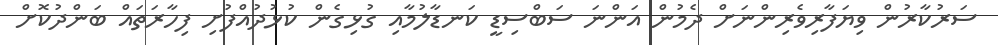
ސަރުކާރުން ވިޔަފާރިވެރިންނަށް ދެމުން އަންނަ ސަބްސިޑީ ކަނޑާލުމާއި ގުޅިގެން ކުޅުދުއްފުށި ފިހާރަތައް ބަންދުކޮށް